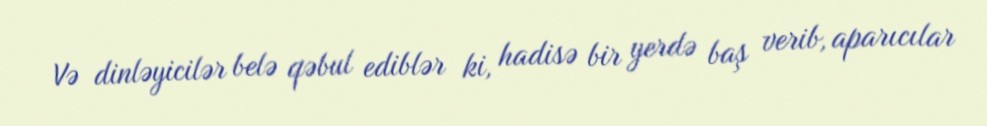
Və dinləyicilər belə qəbul ediblər ki, hadisə bir yerdə baş verib, aparıcılar